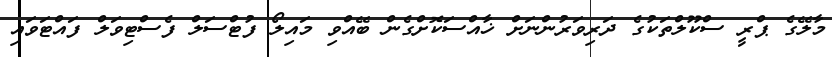
މާލޭގެ ޕްރީ ސްކޫލްތަކުގެ ދަރިވަރުންނަށް ޚާއްސަކޮށްގެން ބޭއްވި މައިލޯ ފުޓްސަލް ފެސްޓިވަލް ފައްޓަވައި